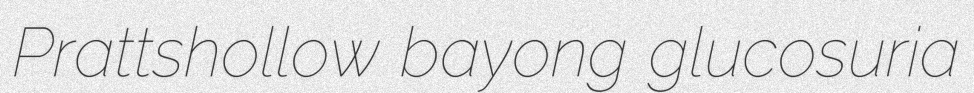
Prattshollow bayong glucosuria